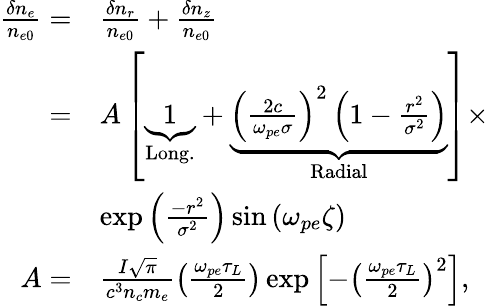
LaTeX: \begin{array}{rl}{\frac{\delta n_{e}}{n_{e0}}=}&{\frac{\delta n_{r}}{n_{e0}}+\frac{\delta n_{z}}{n_{e0}}}\\ {=}&{A\left[\underbrace{1}_{\mathrm{Long.}}+\underbrace{\left(\frac{2c}{\omega_{pe}\sigma}\right)^{2}\left(1-\frac{r^{2}}{\sigma^{2}}\right)}_{\mathrm{Radial}}\right]\times}\\ &{\exp\left(\frac{-r^{2}}{\sigma^{2}}\right)\sin\left(\omega_{pe}\zeta\right)}\\ {A=}&{\frac{I\sqrt{\pi}}{c^{3}n_{c}m_{e}}\left(\frac{\omega_{pe}\tau_{L}}{2}\right)\exp\left[-\left(\frac{\omega_{pe}\tau_{L}}{2}\right)^{2}\right],}\end{array}